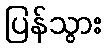
ပြန်သွား